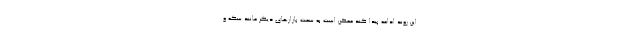
این روند ادامه پیدا کند ممکن است به سمت بازار‌های دیگر مانند سکه و